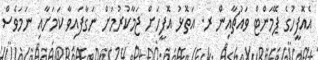
އެއޮފީހުގެ ޕޭމަންޓް ވައުޗާއިން ރ. އަތޮޅު އޮފީހަށް ޖަމާކުރުމަށް ނަގާފައިވާ ކަމަށާއި ނަމަވެސް